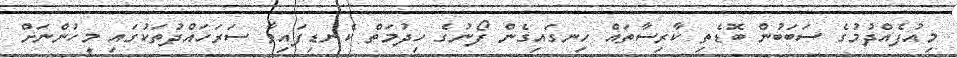
މިއުފެއްދުމުގެ ސަބަބުން ބޮޑެތި ކާރިސާތައް ހިނގައިގެން ފޯނުގެ ހިދުމަތް ކެނޑިފައިވާ ސަރަހައްދުތަކުގައި މީހުންނަށް